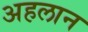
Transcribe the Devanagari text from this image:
अहलान